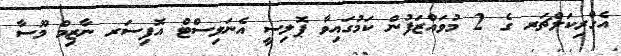
އެގްރިކަލްޗަރ ގެ 2 މުވައްޒަފުން ކަމުގައިވާ ޕޮލިސީ އެނަލިސްޓް އޮފިސަރ ނާޒިމް މޫސާ